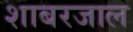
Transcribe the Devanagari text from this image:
शाबरजाल